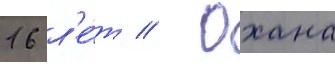
16 л'е́т // Охана